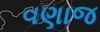
વણાજ